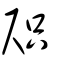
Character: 咫